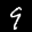
Label: 9